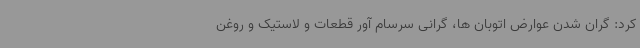
کرد: گران شدن عوارض اتوبان ها، گرانی سرسام آور قطعات و لاستیک و روغن